Saaremaa_Toiduainetetoostuse_Kombinaat, lk 20
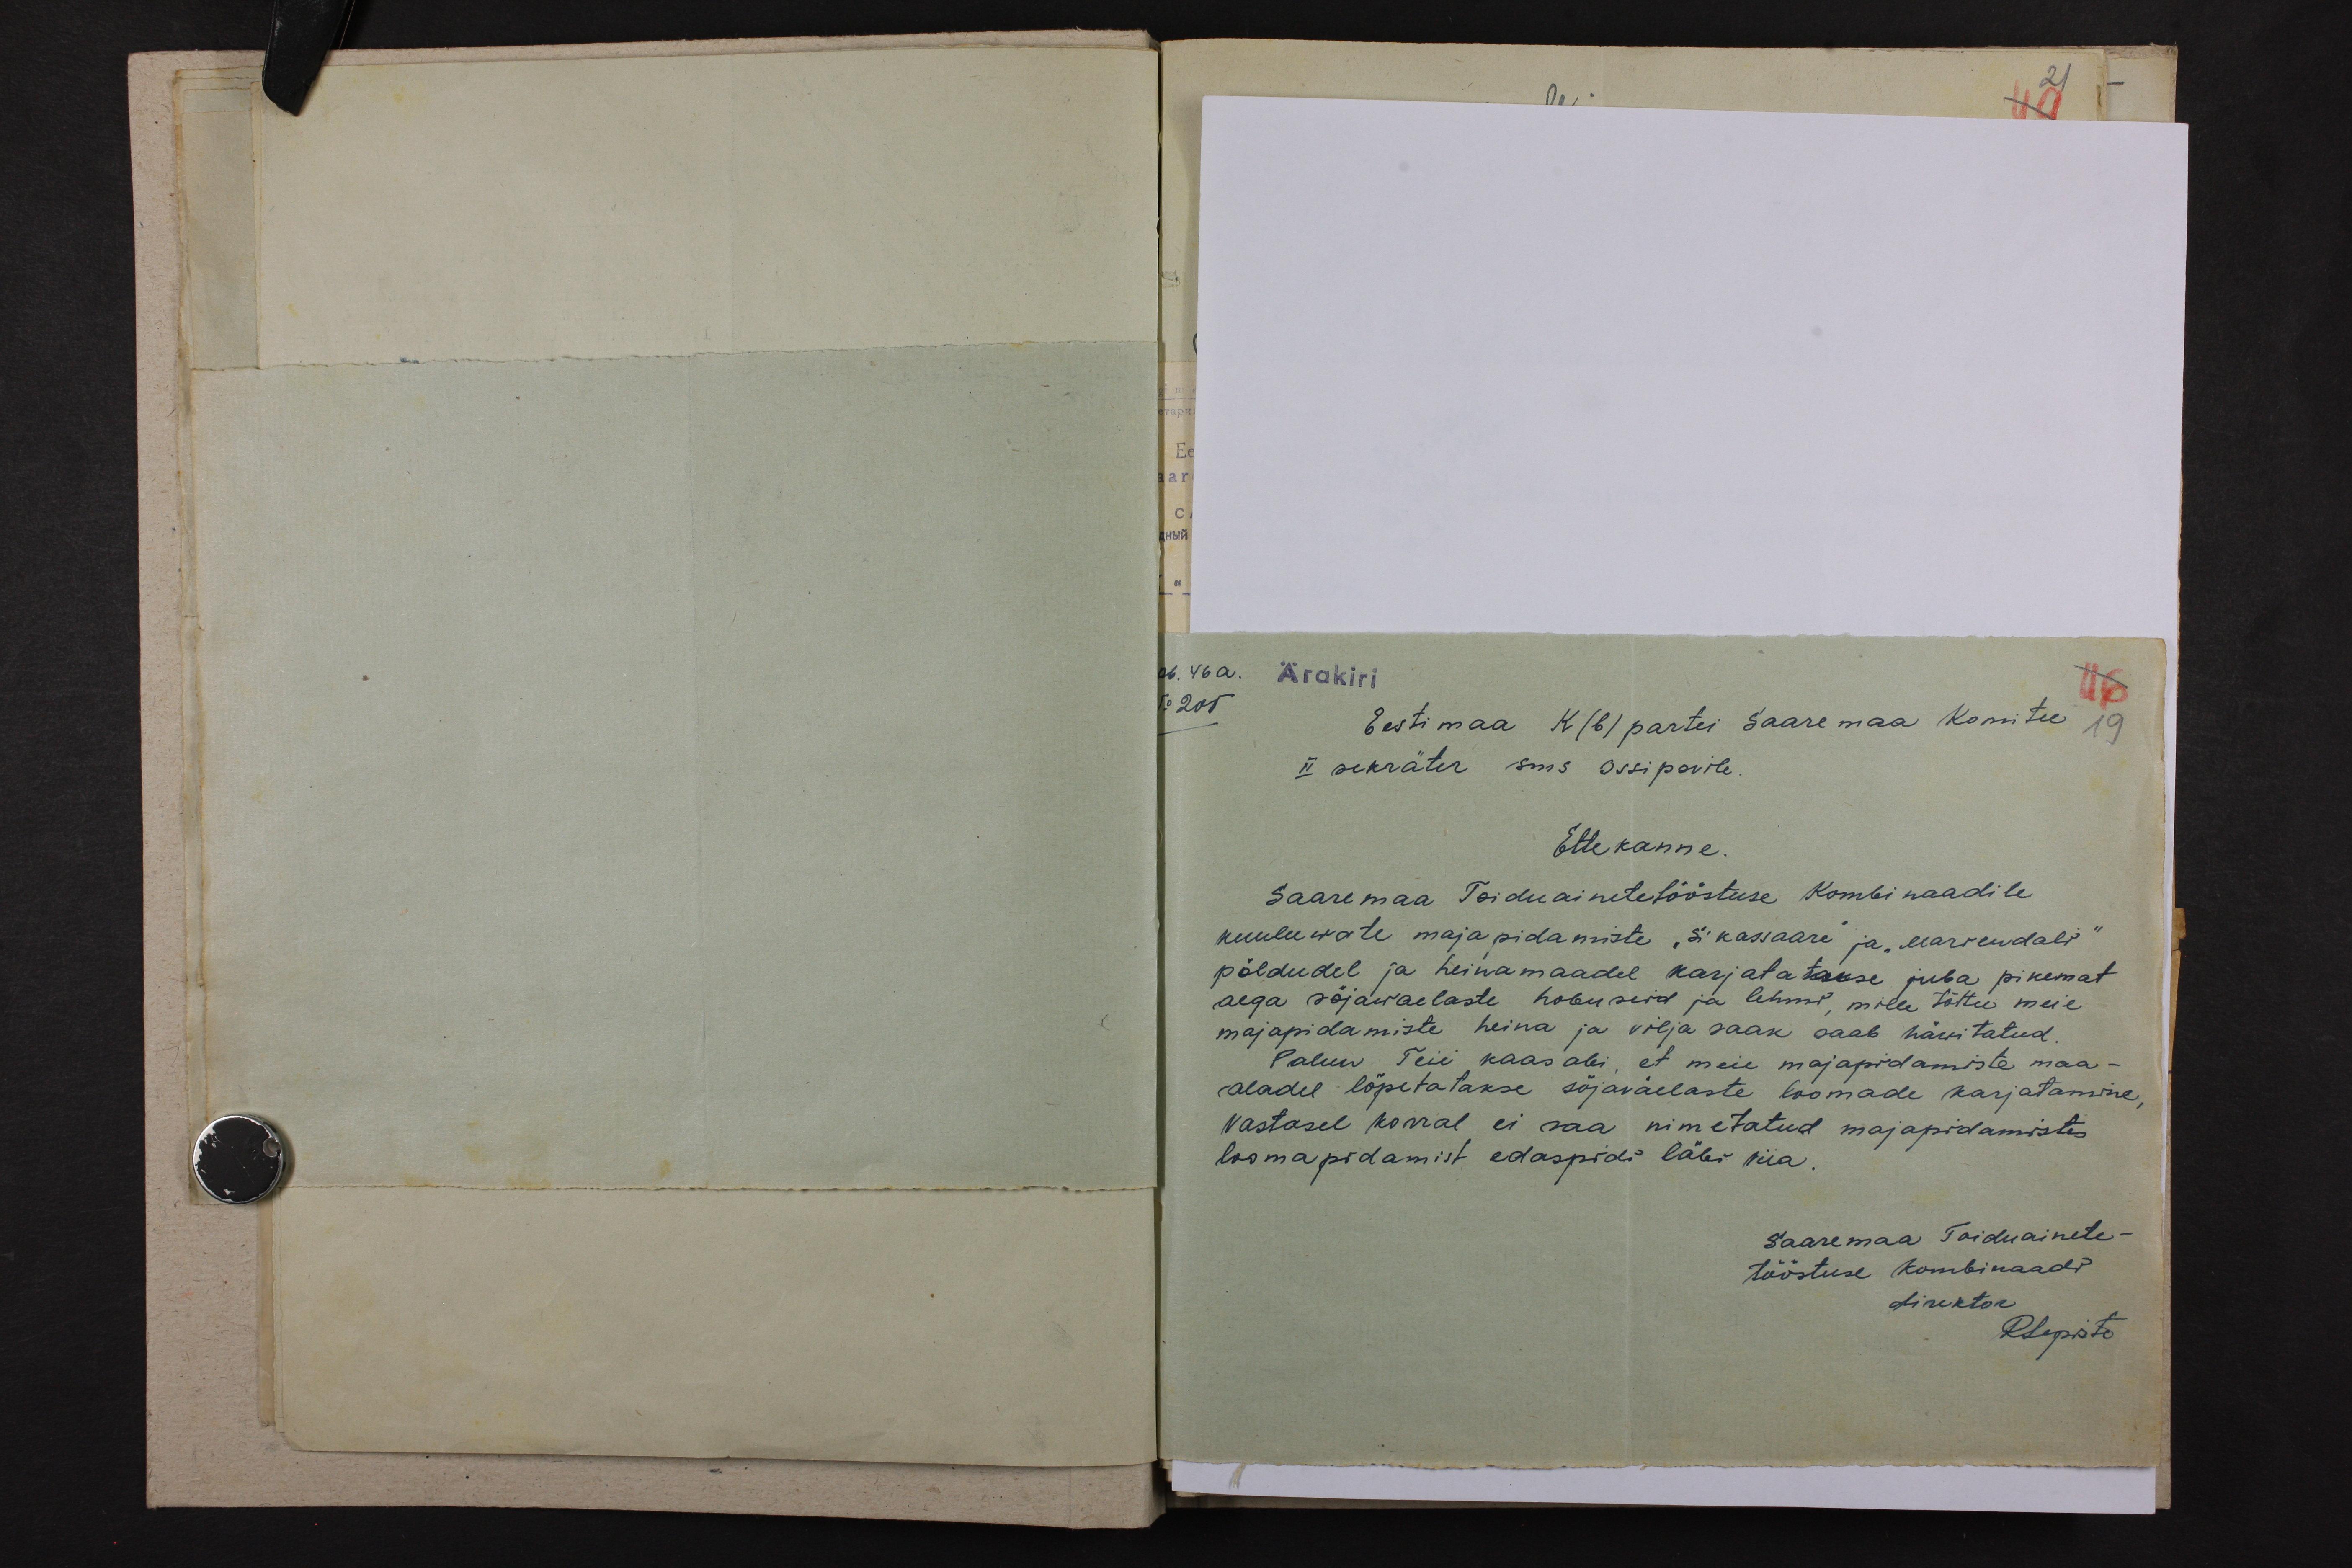
06. 46 a. Ärakiri
No 205
Eestimaa K(b)partei Saaremaa Komitee
19
II sekräter sms Ossipovile.
Ettekanne.
Saaremaa Toiduainetetööstuse Kombinaadile
kuuluwate majapidamiste "Sikassaare" ja "Mariendali"
põldudel ja heinamaadel karjatatakse juba pikemat
aega sõjawaelaste hobuseid ja lehmi, mille tõttu meie
majapidamiste heina ja vilja saak saab häwitatud.
Palun Teie kaas abi, et meie majapidamiste maa-
aladel lõpetatakse sõjaväelaste loomade karjatamine,
Vastasel korral ei saa nimetatud majapidamistes
loomapidamist edaspidi läbi viia.
Saaremaa Toiduainete-
tööstuse kombinaadi
Direktor
RLepiste